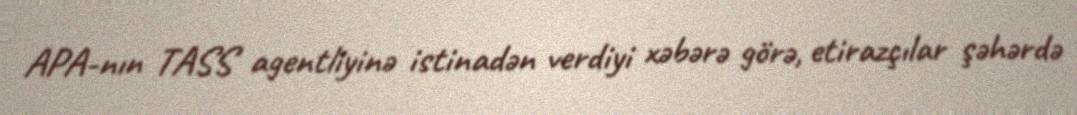
APA-nın TASS agentliyinə istinadən verdiyi xəbərə görə, etirazçılar şəhərdə